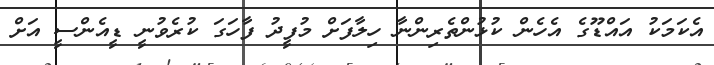
އެކަމަކު އައްޑޫގެ އެހެން ކުޅުންތެރިންނާ ހިލާފަށް މުފީދު ފާހަގަ ކުރެވުނީ ޑީއެންސީ އަށް